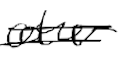
Text: other
Cross-out: double-line
Writing tool: digital_black